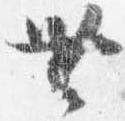
無